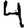
Digit: 4